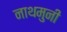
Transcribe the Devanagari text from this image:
नाथमुनी